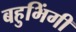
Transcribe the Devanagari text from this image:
बहुभिंगी